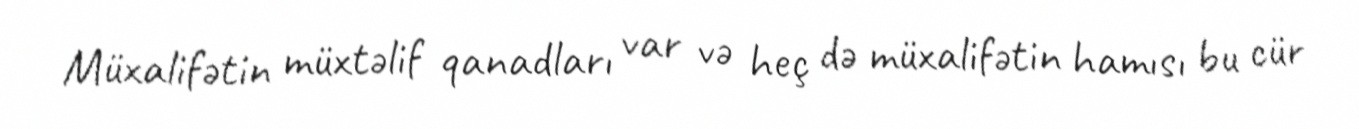
Müxalifətin müxtəlif qanadları var və heç də müxalifətin hamısı bu cür